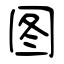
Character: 图